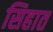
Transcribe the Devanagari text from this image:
सिहात